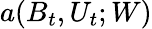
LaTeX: a(B_{t},U_{t};W)